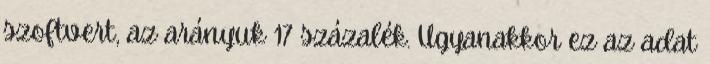
szoftvert, az arányuk 17 százalék. Ugyanakkor ez az adat